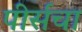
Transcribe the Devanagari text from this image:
पीर्सचा